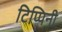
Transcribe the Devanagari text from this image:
टिप्पिनी